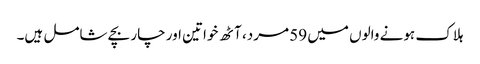
ہلاک ہونے والوں میں 59 مرد، آٹھ خواتین اور چار بچے شامل ہیں۔